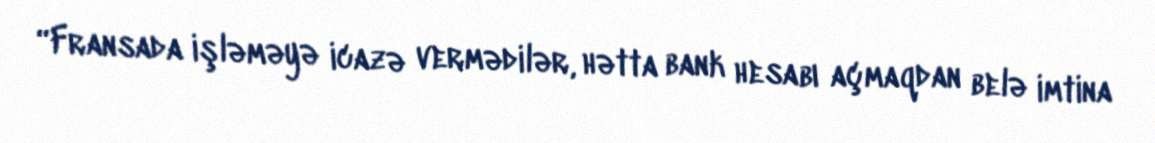
“Fransada işləməyə icazə vermədilər, hətta bank hesabı açmaqdan belə imtina